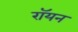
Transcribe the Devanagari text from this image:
रॉयन